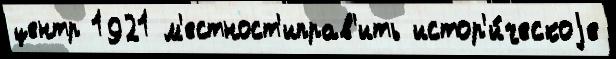
центр 1921 м'естност'иправ'ить истор'и́ческоjе